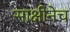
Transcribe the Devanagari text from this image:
साक्षीनेच